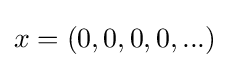
x=(0,0,0,0,...)